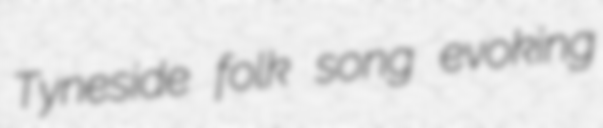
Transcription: Tyneside folk song evoking